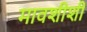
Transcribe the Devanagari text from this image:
मावशीशी